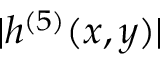
| h ^ { ( 5 ) } ( x , y ) |